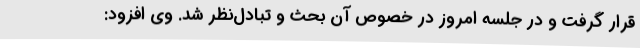
قرار گرفت و در جلسه امروز در خصوص آن بحث و تبادل‌نظر شد. وی افزود: